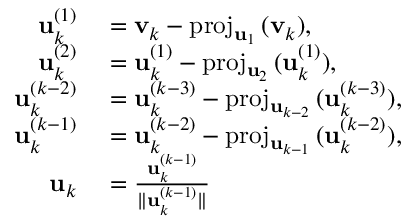
\begin{array} { r l } { \mathbf { u } _ { k } ^ { ( 1 ) } } & { { } = \mathbf { v } _ { k } - \mathrm { p r o j } _ { \mathbf { u } _ { 1 } } \, ( \mathbf { v } _ { k } ) , } \\ { \mathbf { u } _ { k } ^ { ( 2 ) } } & { { } = \mathbf { u } _ { k } ^ { ( 1 ) } - \mathrm { p r o j } _ { \mathbf { u } _ { 2 } } \, ( \mathbf { u } _ { k } ^ { ( 1 ) } ) , } \\ { \mathbf { u } _ { k } ^ { ( k - 2 ) } } & { { } = \mathbf { u } _ { k } ^ { ( k - 3 ) } - \mathrm { p r o j } _ { \mathbf { u } _ { k - 2 } } \, ( \mathbf { u } _ { k } ^ { ( k - 3 ) } ) , } \\ { \mathbf { u } _ { k } ^ { ( k - 1 ) } } & { { } = \mathbf { u } _ { k } ^ { ( k - 2 ) } - \mathrm { p r o j } _ { \mathbf { u } _ { k - 1 } } \, ( \mathbf { u } _ { k } ^ { ( k - 2 ) } ) , } \\ { \mathbf { u } _ { k } } & { { } = { \frac { \mathbf { u } _ { k } ^ { ( k - 1 ) } } { \| \mathbf { u } _ { k } ^ { ( k - 1 ) } \| } } } \end{array}